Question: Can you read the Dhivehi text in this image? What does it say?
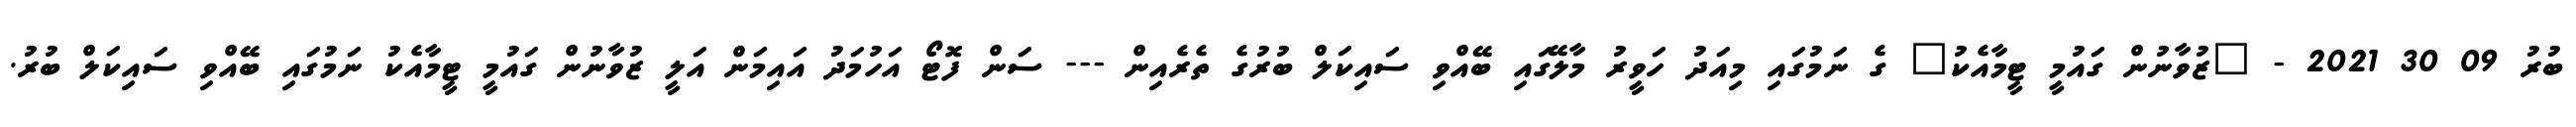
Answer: ބުރު 09 30 2021 - "ޒުވާނުން ގައުމީ ޓީމާއެކު" ގެ ނަމުގައި މިއަދު ހަވީރު މާލޭގައި ބޭއްވި ސައިކަލް ބުރުގެ ތެރެއިން --- ސަން ފޮޓޯ އަހުމަދު އައިމަން އަލީ ޒުވާނުން ގައުމީ ޓީމާއެކު ނަމުގައި ބޭއްވި ސައިކަލް ބުރު.